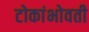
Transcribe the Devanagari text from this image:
टोकांभोवती